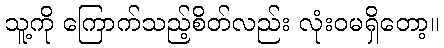
သူ့ကို ကြောက်သည့်စိတ်လည်း လုံးဝမရှိတော့။